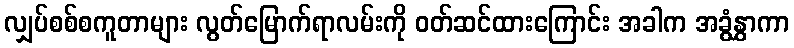
လျှပ်စစ်စကူတာများ လွတ်မြောက်ရာလမ်းကို ၀တ်ဆင်ထားကြောင်း အခါက အခွံနွှာကာ